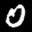
Label: 0